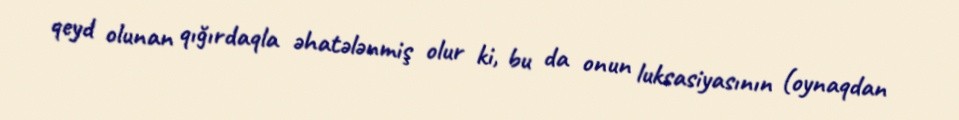
qeyd olunan qığırdaqla əhatələnmiş olur ki, bu da onun luksasiyasının (oynaqdan